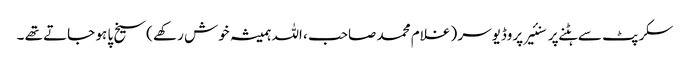
سکرپٹ سے ہٹنے پر سنئیر پروڈیوسر ( غلام محمد صاحب ، اللہ ہمیشہ خوش رکھے )سیخ پا ہو جاتے تھے ۔